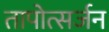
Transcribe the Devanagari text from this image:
तापोत्सर्जन